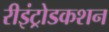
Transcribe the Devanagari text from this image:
रीइंट्रोडकशन